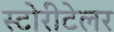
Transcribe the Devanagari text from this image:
स्टोरीटेलर